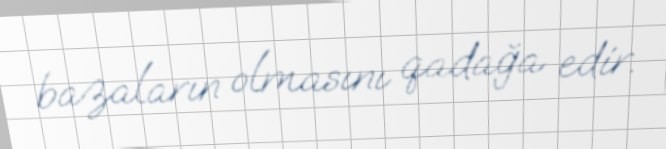
bazaların olmasını qadağa edir.